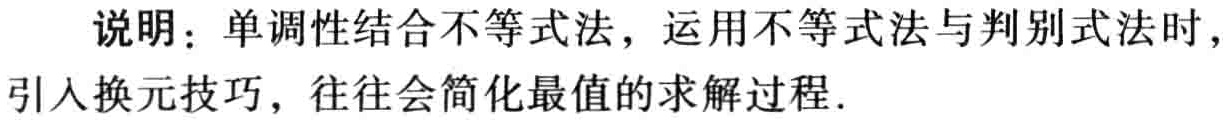
说明：单调性结合不等式法，运用不等式法与判别式法时，引入换元技巧，往往会简化最值的求解过程．